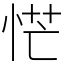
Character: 恾